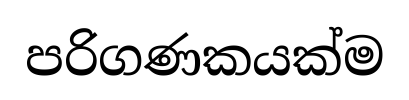
පරිගණකයක්ම